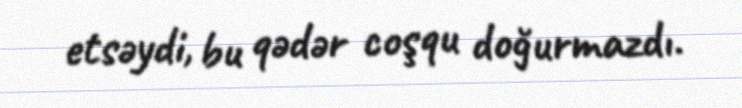
etsəydi, bu qədər coşqu doğurmazdı.